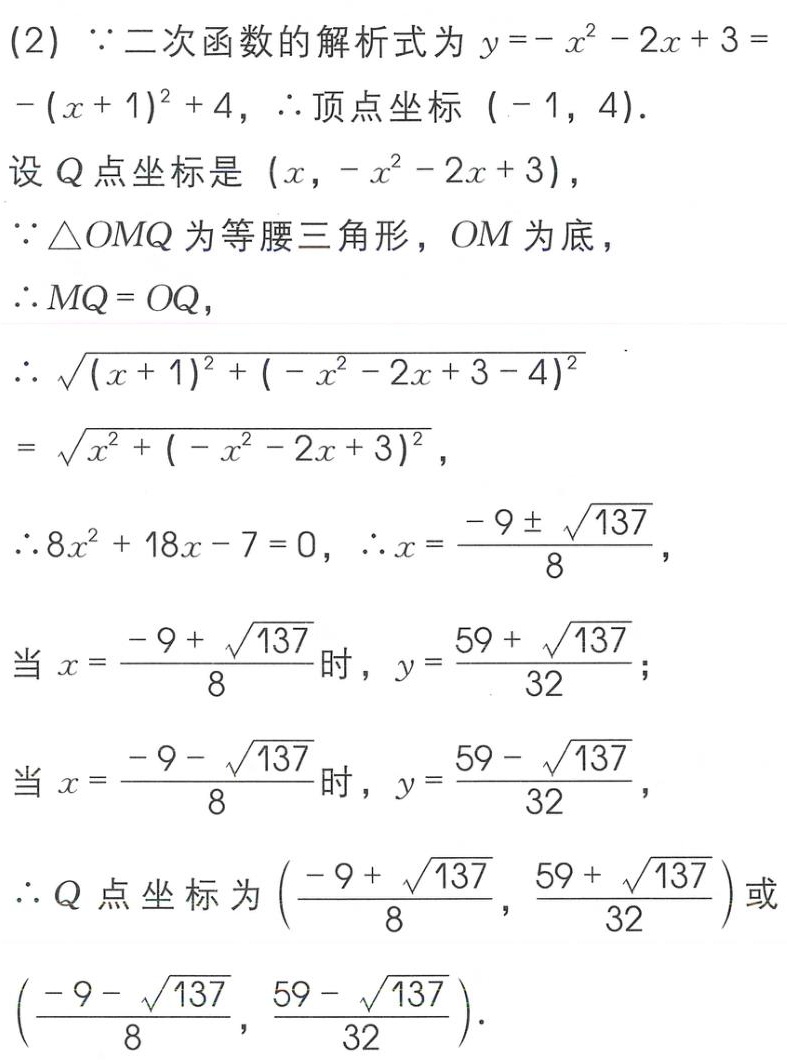
(2) $\because$二次函数的解析式为$y = -x^{2}-2x + 3=-(x + 1)^{2}+4$，$\therefore$顶点坐标$(-1,4)$．

设$Q$点坐标是$(x,-x^{2}-2x + 3)$，

$\because\triangle OMQ$为等腰三角形，$OM$为底，

$\therefore MQ = OQ$，

$\therefore\sqrt{(x + 1)^{2}+(-x^{2}-2x + 3 - 4)^{2}}=\sqrt{x^{2}+(-x^{2}-2x + 3)^{2}}$，

$\therefore 8x^{2}+18x - 7 = 0$，$\therefore x=\frac{-9\pm\sqrt{137}}{8}$，

当$x=\frac{-9 + \sqrt{137}}{8}$时，$y=\frac{59+\sqrt{137}}{32}$；

当$x=\frac{-9 - \sqrt{137}}{8}$时，$y=\frac{59 - \sqrt{137}}{32}$，

$\therefore Q$点坐标为$(\frac{-9 + \sqrt{137}}{8},\frac{59+\sqrt{137}}{32})$或$(\frac{-9 - \sqrt{137}}{8},\frac{59 - \sqrt{137}}{32})$．